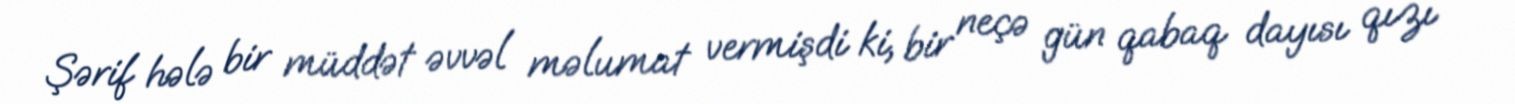
Şərif hələ bir müddət əvvəl məlumat vermişdi ki, bir neçə gün qabaq dayısı qızı